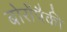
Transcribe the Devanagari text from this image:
बोरोंपैकी